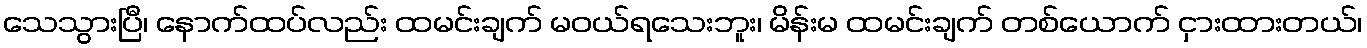
သေသွားပြီ၊ နောက်ထပ်လည်း ထမင်းချက် မဝယ်ရသေးဘူး၊ မိန်းမ ထမင်းချက် တစ်ယောက် ငှားထားတယ်၊